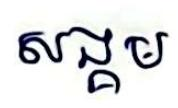
សង្គម